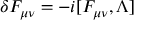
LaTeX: \delta F _ { \mu \nu } = - i [ F _ { \mu \nu } , \Lambda ]